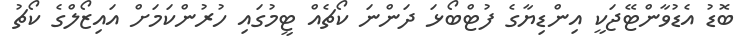
ބޮޑު އެޑުވާންޓޭޖަކީ އިންޑިޔާގެ ފުޓްބޯޅަ ދަންނަ ކޯޗެއް ޓީމުގައި ހުރުންކަމަށް އައިޒޯލްގެ ކޯޗު